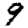
Digit: 9